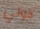
فولي